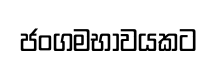
ජංගමභාවයකට